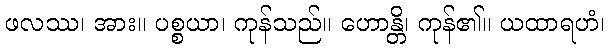
ဖလဿ၊ အား။ ပစ္စယာ၊ ကုန်သည်။ ဟောန္တိ၊ ကုန်၏။ ယထာရဟံ၊